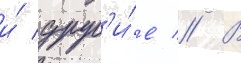
и́ друг'и́е // В